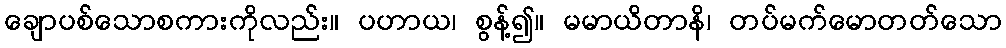
ချောပစ်သောစကားကိုလည်း။ ပဟာယ၊ စွန့်၍။ မမာယိတာနိ၊ တပ်မက်မောတတ်သော